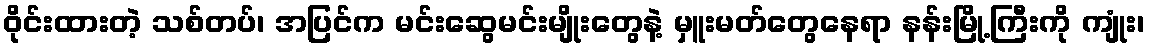
ဝိုင်းထားတဲ့ သစ်တပ်၊ အပြင်က မင်းဆွေမင်းမျိုးတွေနဲ့ မှူးမတ်တွေနေရာ နန်းမြို့ကြီးကို ကျုံး၊